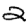
Digit: 2